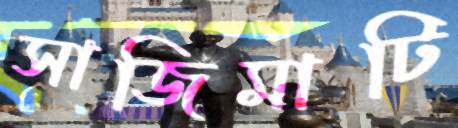
সাজিমাটি